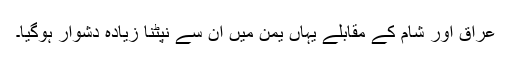
عراق اور شام کے مقابلے یہاں یمن میں ان سے نپٹنا زیاده دشوار ہوگیا۔